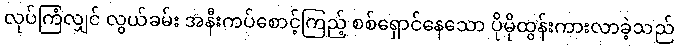
လုပ်ကြံလျှင် လွယ်ခမ်း အနီးကပ်စောင့်ကြည့် စစ်ရှောင်နေသော ပိုမိုထွန်းကားလာခဲ့သည်